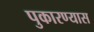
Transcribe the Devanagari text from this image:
पुकारण्यास